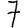
Digit: 7